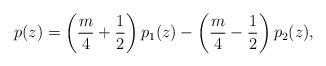
LaTeX: \begin{align*}p(z)=\left(\frac{m}{4}+\frac{1}{2}\right)p_1(z)-\left(\frac{m}{4}-\frac{1}{2}\right)p_2(z),\end{align*}